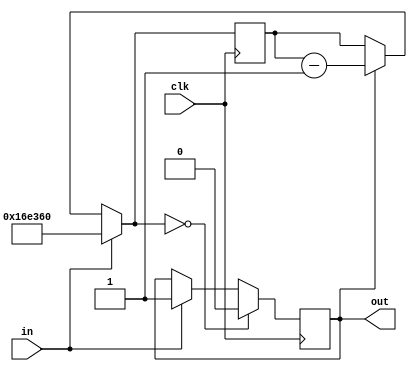
// Fast Multisource Pulse Registration System
// Module:
// led_blinker
// Holds a LED high for a certain number of cycles when an input goes high
// (c) Sergey V. Polyakov 2006-forever

module led_blinker (clk, in, out);

parameter HIGH_TIME = 1_500_000;

input clk;
input in;
output out;

reg out;
reg [31:0] count;

initial
begin
	count <= 31'b0;
	out <= 0;
end

always @ (posedge clk)
begin
	if (out == 1)
		count = count - 1;
	
	if (in == 1)
	begin
		out = 1;
		count = HIGH_TIME;
	end
	
	if (count == 0)
		out = 0;
end

endmodule